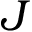
\boldsymbol J